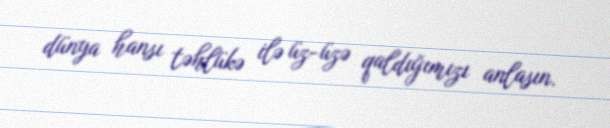
dünya hansı təhlükə ilə üz-üzə qaldığımızı anlasın.